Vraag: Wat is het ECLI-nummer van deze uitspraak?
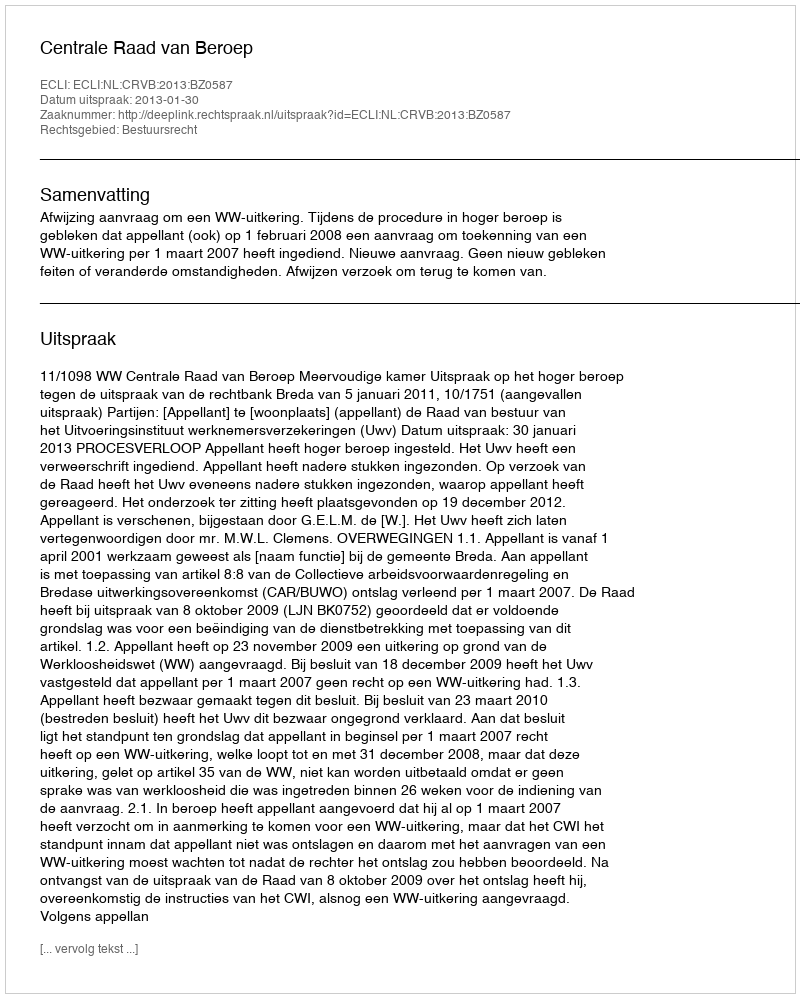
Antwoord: ECLI:NL:CRVB:2013:BZ0587